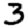
Digit: 3